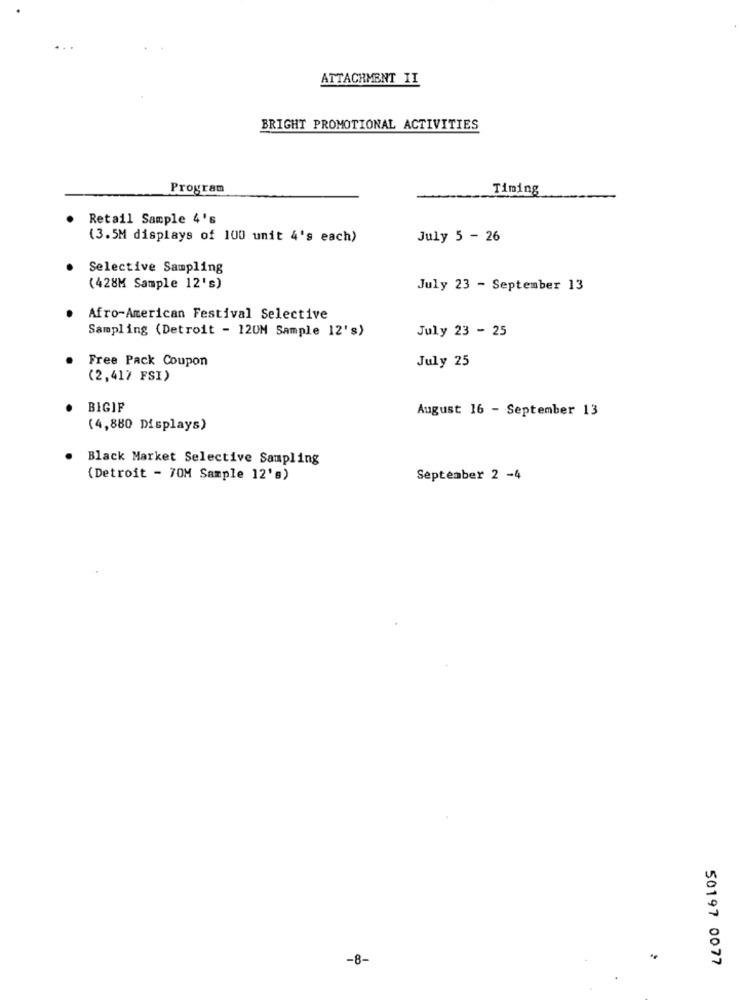
ATTACHMENT II
BRIGHT PROMOTIONAL ACTIVITIES
Program
Timing
Retail Sample 4's
(3.5M displays of 100 unit 4's each)
July 5 - 26
Selective Sampling
(428M Sample 12's)
July 23 - September 13
Afro-American Festival Selective
Sampling (Detroit - 12UM Sample 12's)
July 23 - 25
Free Pack Coupon
July 25
(2,417 FSI)
BIGIF
August 16 - September 13
(4,880 Displays)
Black Market Selective Sampling
(Detroit - 70M Sample 12's)
September 2 -4
-8-
50197 0077